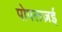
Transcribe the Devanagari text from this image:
पोपलज़ई